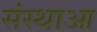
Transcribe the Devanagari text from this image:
संस्थाआ